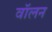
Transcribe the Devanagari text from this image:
वॉलन